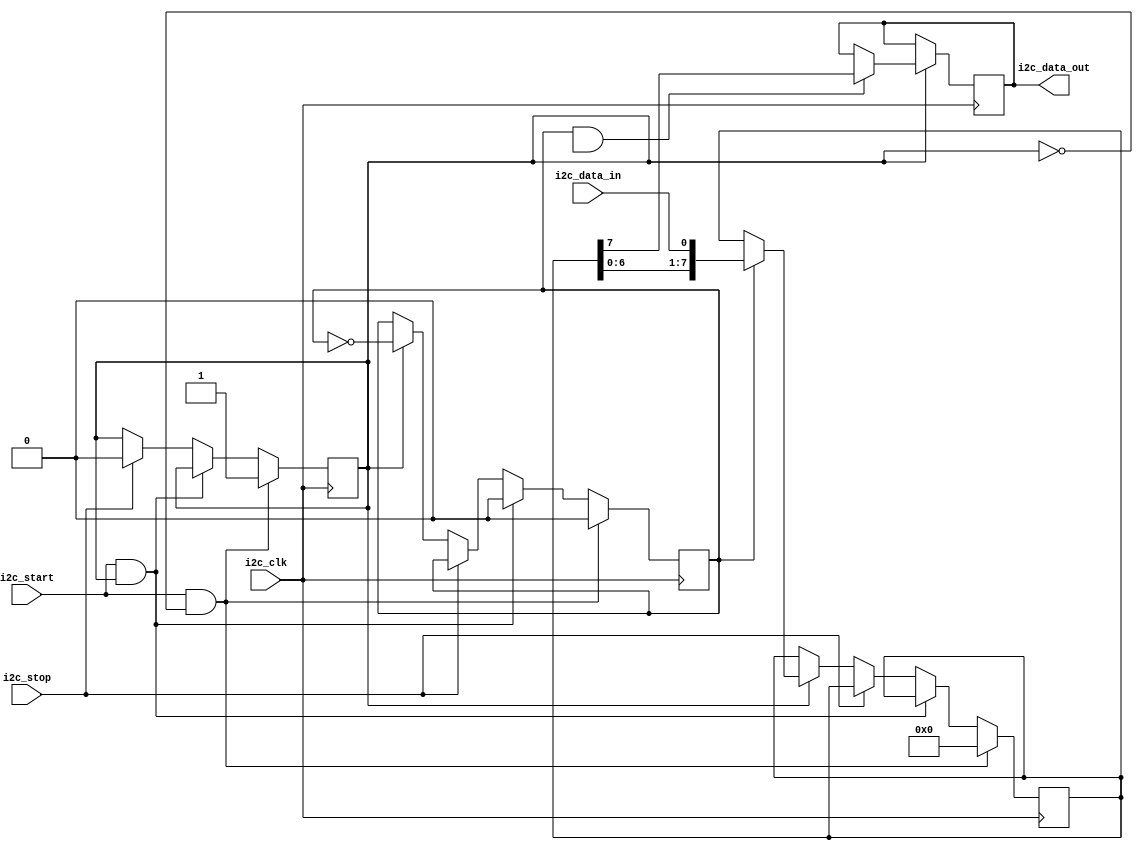
module i2c_controller
(
    input wire i2c_clk,
    input wire i2c_start,
    input wire i2c_stop,
    input wire i2c_data_in,
    output wire i2c_data_out
);

reg i2c_clk_reg;
reg [7:0] i2c_data_reg;
reg i2c_busy;
reg i2c_ack;

always @(posedge i2c_clk) begin
    if (i2c_start & !i2c_busy) begin
        i2c_busy <= 1'b1;
        i2c_clk_reg <= 1'b0;
        i2c_data_reg <= 8'b0;
    end else if (i2c_start & i2c_busy) begin
        i2c_clk_reg <= 1'b0;
    end else if (i2c_stop) begin
        i2c_busy <= 1'b0;
    end else if (i2c_busy) begin
        if (i2c_clk_reg) begin
            i2c_data_reg <= {i2c_data_reg[6:0], i2c_data_in};
        end
        i2c_clk_reg <= ~i2c_clk_reg;
    end
end

// Synchronization block for data transfer
always @(posedge i2c_clk) begin
    if (i2c_busy) begin
        if (i2c_clk_reg == 1'b1 && i2c_ack == 1'b1) begin
            i2c_data_out <= i2c_data_reg[7];
        end
    end
end

endmodule